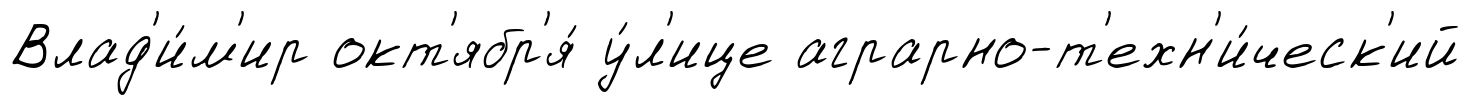
Влад'и́м'ир окт'ябр'я́ у́л'ице аграрно-т'ехн'и́ческ'ий